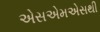
એસએમએસથી